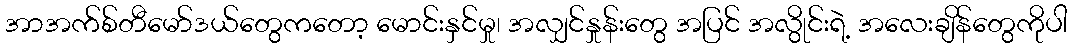
အာအက်စ်တီမော်ဒယ်တွေကတော့ မောင်းနှင်မှု၊ အလျှင်နှုန်းတွေ အပြင် အလွိုင်းရဲ့ အလေးချိန်တွေကိုပါ